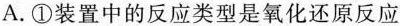
A.①装置中的反应类型是氧化还原反应